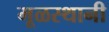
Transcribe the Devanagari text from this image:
मूळस्थानी